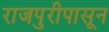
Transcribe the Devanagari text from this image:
राजपुरीपासून